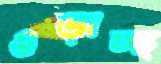
ওড়াচ্ছ